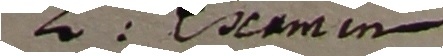
s oamin